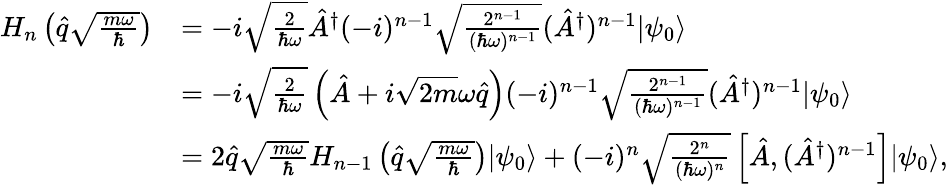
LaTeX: \begin{array}{rl}{H_{n}\left(\hat{q}\sqrt{\frac{m\omega}{\hbar}}\right)}&{=-i\sqrt{\frac{2}{\hbar\omega}}\hat{A}^{\dagger}(-i)^{n-1}\sqrt{\frac{2^{n-1}}{(\hbar\omega)^{n-1}}}(\hat{A}^{\dagger})^{n-1}|\psi_{0}\rangle}\\ &{=-i\sqrt{\frac{2}{\hbar\omega}}\left(\hat{A}+i\sqrt{2m}\omega\hat{q}\right)(-i)^{n-1}\sqrt{\frac{2^{n-1}}{(\hbar\omega)^{n-1}}}(\hat{A}^{\dagger})^{n-1}|\psi_{0}\rangle}\\ &{=2\hat{q}\sqrt{\frac{m\omega}{\hbar}}H_{n-1}\left(\hat{q}\sqrt{\frac{m\omega}{\hbar}}\right)|\psi_{0}\rangle+(-i)^{n}\sqrt{\frac{2^{n}}{(\hbar\omega)^{n}}}\left[\hat{A},(\hat{A}^{\dagger})^{n-1}\right]|\psi_{0}\rangle,}\end{array}